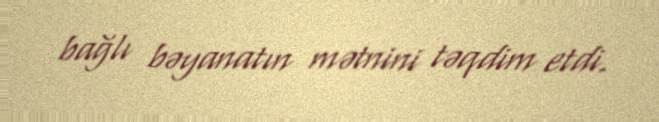
bağlı bəyanatın mətnini təqdim etdi.